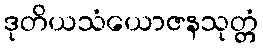
ဒုတိယသံယောဇနသုတ္တံ